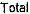
TOTAL